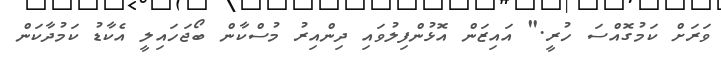
ވަރަށް ކަމުގޮއްސަ ހުރީ." އައިޒަން އޮޅުންފިލުވައި ދިންއިރު މުސްކާން ބޯޖަހައިލީ އެކާޑު ކަމުދާކަން